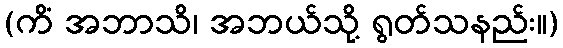
(ကိံ အဘာသိ၊ အဘယ်သို့ ရွတ်သနည်း။)